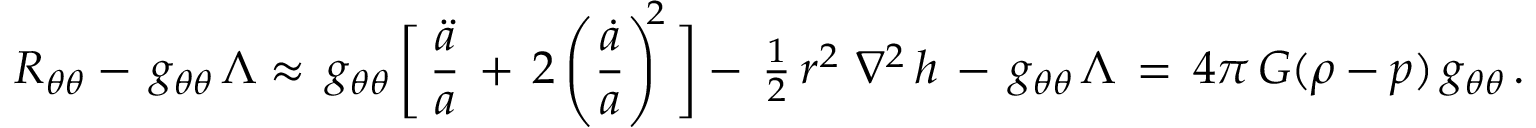
R _ { \theta \theta } - \, g _ { \theta \theta } \, \Lambda \approx \, g _ { \theta \theta } \, \biggl [ \, \frac { \ddot { a } } { a } \, + \, 2 \left( \frac { \dot { a } } { a } \right) ^ { \! \! 2 } \, \biggr ] - \, \textstyle { \frac { 1 } { 2 } } \, r ^ { 2 } \, \, \nabla ^ { 2 } \, h \, - \, g _ { \theta \theta } \, \Lambda \, = \, 4 \pi \, G ( \rho - p ) \, g _ { \theta \theta } \, .